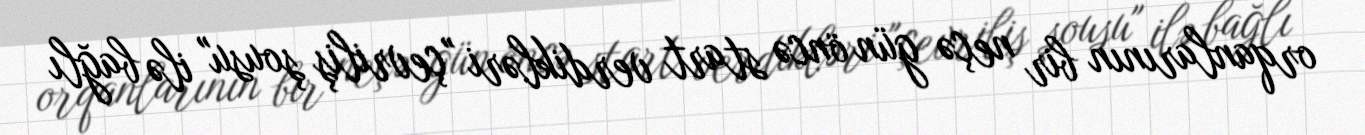
orqanlarının bir neçə gün öncə start verdikləri "çevriliş şousu" ilə bağlı